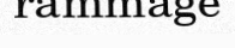
rammage